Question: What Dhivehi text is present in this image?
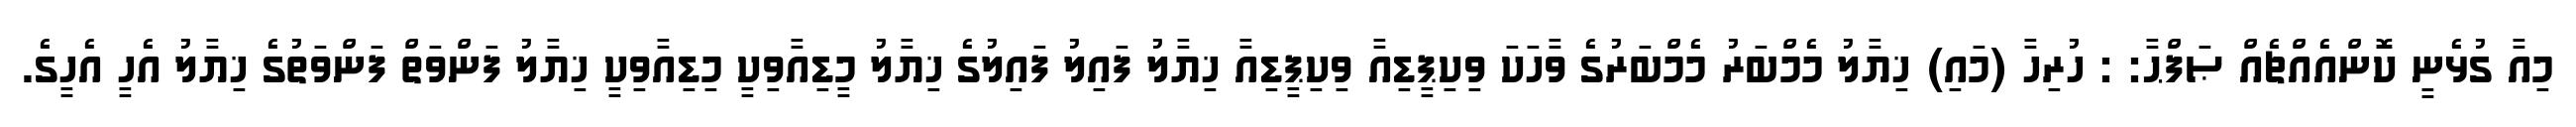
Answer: މިއާ ގުޅެނީ ކޮންއެއްޗެއް ޞަފްޙާ: : ހުރިހާ (މައި) ޚިޔާލު މެމްބަރު މެމްބަރުގެ ވާހަކަ ވިކިޕީޑިއާ ވިކިޕީޑިއާ ޚިޔާލު ފައިލު ފައިލުގެ ޚިޔާލު މީޑިއާވިކީ މިޑިއާވިކީ ޚިޔާލު ފަންވަތް ފަންވަތުގެ ޚިޔާލު އެހީ އެހީގެ.